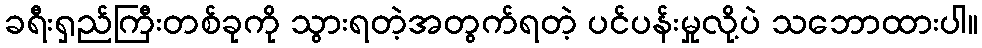
ခရီးရှည်ကြီးတစ်ခုကို သွားရတဲ့အတွက်ရတဲ့ ပင်ပန်းမှုလို့ပဲ သဘောထားပါ။